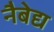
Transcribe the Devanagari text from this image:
नैबेद्य